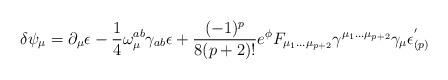
LaTeX: \begin{align*}\delta \psi_{\mu} = \partial_{\mu} \epsilon - {1\over 4}\omega_{\mu} ^{ab}\gamma_{ab}\epsilon + {(-1)^p \over 8(p+2)!} e^{\phi} F_{\mu_1 ... \mu_{p+2}}\gamma^{\mu_1 ...\mu_{p+2}} \gamma_{\mu} \epsilon^{'} _{(p)}\end{align*}